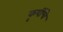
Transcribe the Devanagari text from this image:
कृषींचे